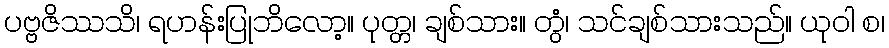
ပဗ္ဗဇိဿသိ၊ ရဟန်းပြုဘိလော့။ ပုတ္တ၊ ချစ်သား။ တွံ၊ သင်ချစ်သားသည်။ ယုဝါ စ၊